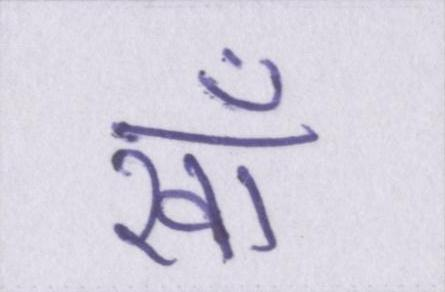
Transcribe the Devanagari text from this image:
खाँ